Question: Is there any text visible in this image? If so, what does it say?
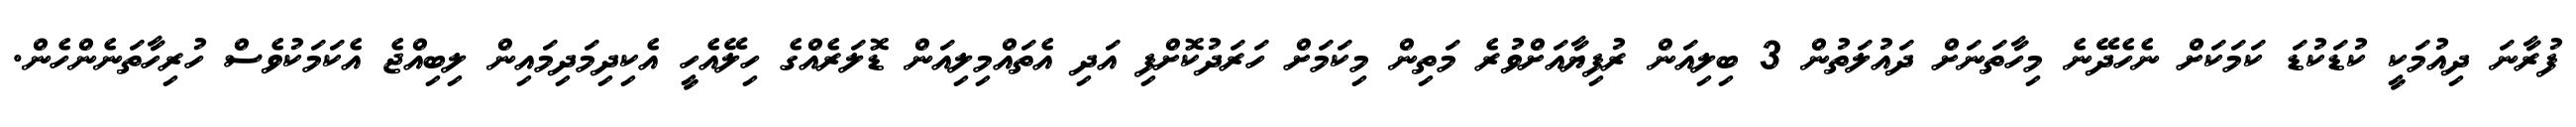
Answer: ފުރާނަ ދިއުމަކީ ކުޑަކުޑަ ކަމަކަށް ނެހެދޭނެ މިހާތަނަށް ދައުލަތުން 3 ބިލިއަން ރުފިޔާއަށްވުރެ މަތިން މިކަމަށް ހަރަދުކޮށްފި އަދި އެތައްމިލިއަން ޑޮލަރެއްގެ ހިލޭއެހީ އެކިދިމަދިމައިން ލިބިއްޖެ އެކަމަކުވެސް ހުރިހާތަނެންހެން.